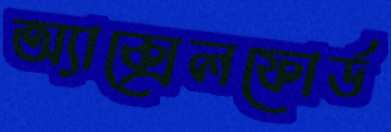
অ্যাক্সেলফোর্ড